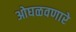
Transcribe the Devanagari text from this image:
ओघळवणारे